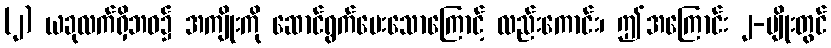
(၂) ယခုလက်ရှိဘဝ၌ အကျိုးကို ဆောင်ရွက်ပေးသောကြောင့် လည်းကောင်း၊ ဤအကြောင်း ၂-မျိုးတွင်